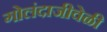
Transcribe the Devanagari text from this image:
गोलंदाजीवेळी